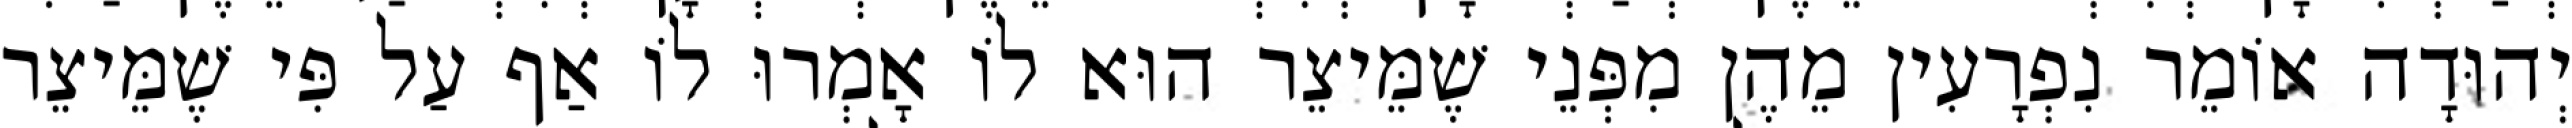
יְהוּדָה אוֹמֵר נִפְרָעִין מֵהֶן מִפְּנֵי שֶׁמֵּיצֵר הוּא לוֹ אָמְרוּ לוֹ אַף עַל פִּי שֶׁמֵּיצֵר